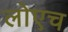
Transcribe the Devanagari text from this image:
लोएच